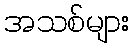
အသစ်များ